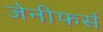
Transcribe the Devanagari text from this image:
जेनीफर्स